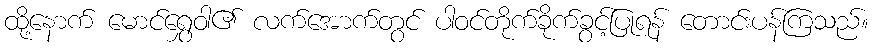
ထို့နောက် မောင်ရွှေဝါ၏ လက်အောက်တွင် ပါဝင်တိုက်ခိုက်ခွင့်ပြုရန် တောင်းပန်ကြသည်။